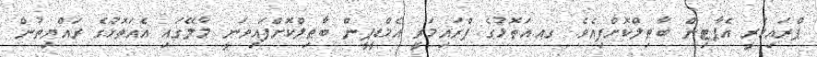
ޕްރައިމަރީ އެޕާޓިން ބާޠިލްކޮށްފިއެވެ. ގއ.އަތޮޅުގެ ޕްރައިމަރީ އެމްޑީޕީން ބާޠިލްކޮށްފައިވަނީ މާލޭގައި އެއަތޮޅުގެ ރައްޔިތުން